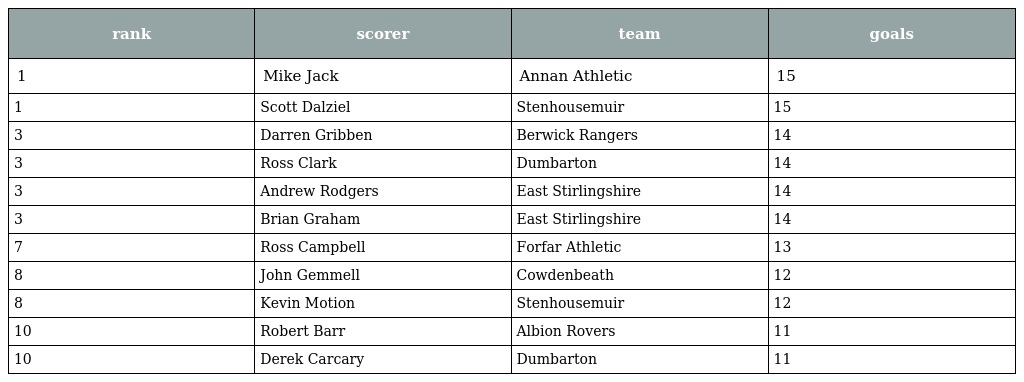
| rank | scorer | team | goals |
 | --- | --- | --- | --- |
 | 1 | Mike Jack | Annan Athletic | 15 |
 | 1 | Scott Dalziel | Stenhousemuir | 15 |
 | 3 | Darren Gribben | Berwick Rangers | 14 |
 | 3 | Ross Clark | Dumbarton | 14 |
 | 3 | Andrew Rodgers | East Stirlingshire | 14 |
 | 3 | Brian Graham | East Stirlingshire | 14 |
 | 7 | Ross Campbell | Forfar Athletic | 13 |
 | 8 | John Gemmell | Cowdenbeath | 12 |
 | 8 | Kevin Motion | Stenhousemuir | 12 |
 | 10 | Robert Barr | Albion Rovers | 11 |
 | 10 | Derek Carcary | Dumbarton | 11 |